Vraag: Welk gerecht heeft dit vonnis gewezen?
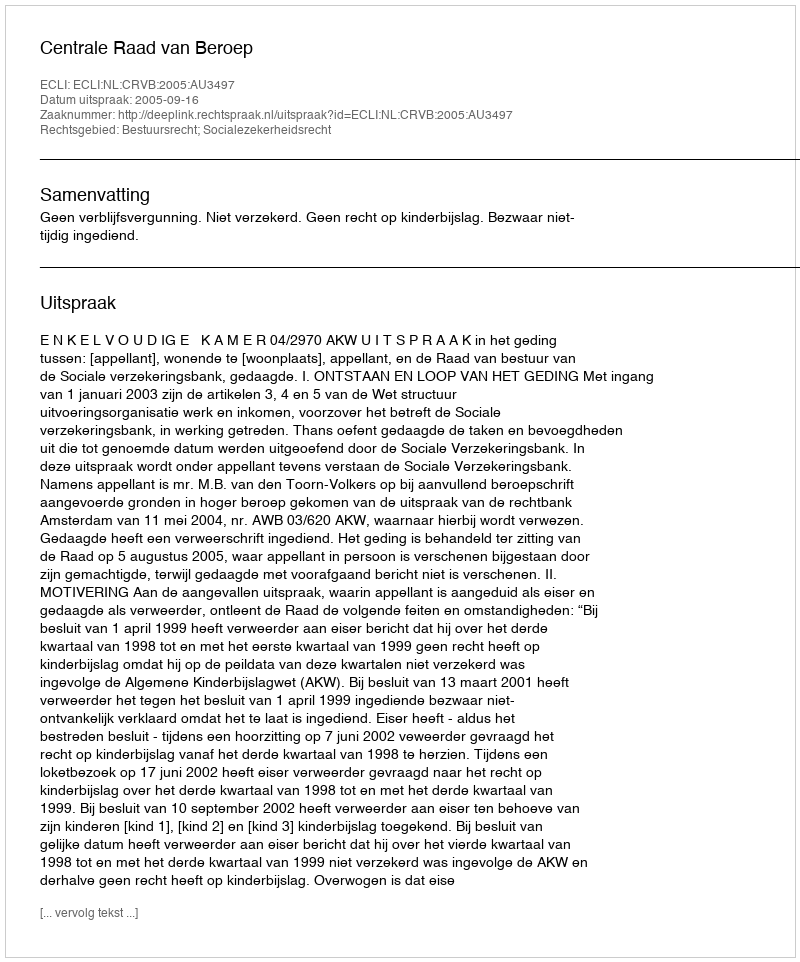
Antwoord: Centrale Raad van Beroep